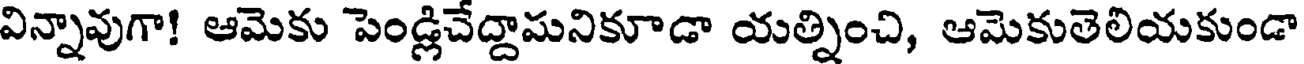
విన్నావుగా! ఆమెకు పెండ్లిచేద్దామనికూడా యత్నించి, ఆమెకుతెలియకుండా